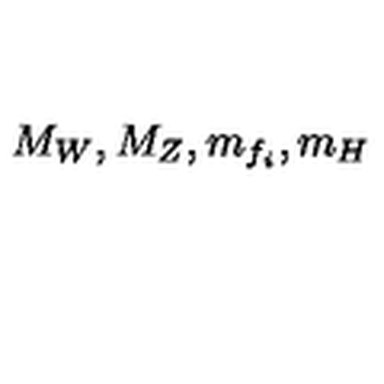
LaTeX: M _ { W } , M _ { Z } , m _ { f _ { i } } , m _ { H }